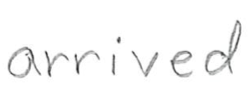
Text: arrived
Cross-out: clean
Writing tool: pencil